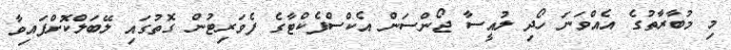
މި މުބާރާތުގެ އެއްވަނަ ހޯދި ލުއީސާ ޖޯންސަން އެކްސްފެކްޓާގެ ފެވަރިޓުން ގޮތުގައި ލޭބަލްކޮށްފައިވާ